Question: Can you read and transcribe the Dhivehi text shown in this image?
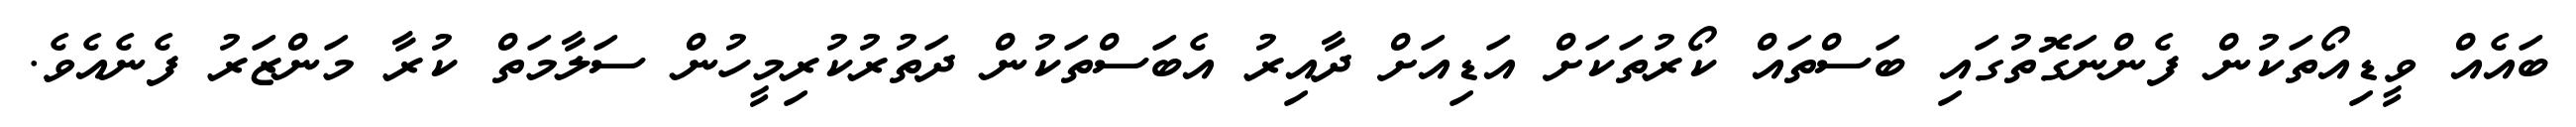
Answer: ބައެއް ވީޑިއޯތަކުން ފެންނަގޮތުގައި ބަސްތައް ކޯރުތަކަށް އަޑިއަށް ދާއިރު އެބަސްތަކުން ދަތުރުކުރިމީހުން ސަލާމަތް ކުރާ މަންޒަރު ފެނެއެވެ.